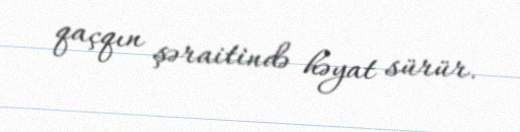
qaçqın şəraitində həyat sürür.